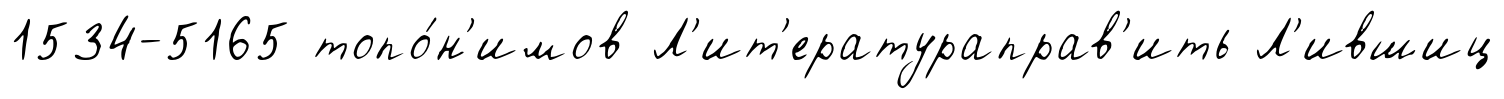
1534-5165 топо́н'имов Л'ит'ератураправ'ить Л'ившиц